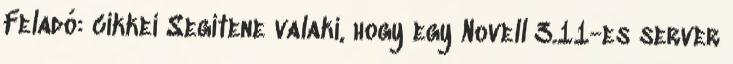
Feladó: cikkei Segitene valaki, hogy egy Novell 3.11-es server